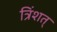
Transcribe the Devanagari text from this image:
त्रिंशत्